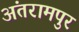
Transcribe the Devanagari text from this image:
अंतरामपुर